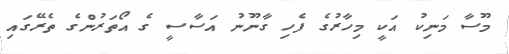
މޫސާ މަނިކު އަކީ މިހާރުގެ ފެހި ގާނޫނު އަސާސީ ގެ އޯތަރުންގެ ތެރޭގައި